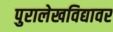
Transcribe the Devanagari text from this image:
पुरालेखविद्यावर